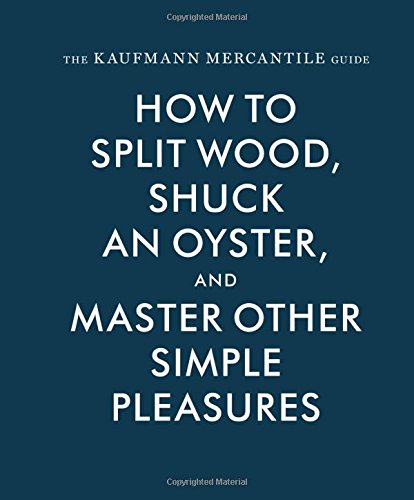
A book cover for The Kaufmann Mercantile Guide: How to Split Wood, Shuck an Oyster, and Master Other Simple Pleasures; Crafts, Hobbies & Home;